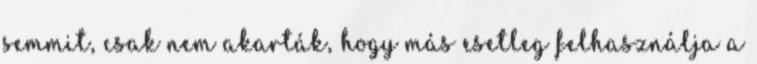
semmit, csak nem akarták, hogy más esetleg felhasználja a